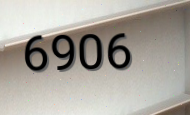
6906